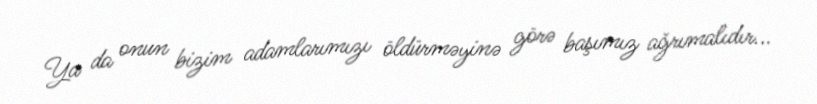
Ya da onun bizim adamlarımızı öldürməyinə görə başımız ağrımalıdır...